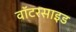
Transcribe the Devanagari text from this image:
वॉटरसाइड